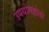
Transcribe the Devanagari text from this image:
उपयोगहोतो